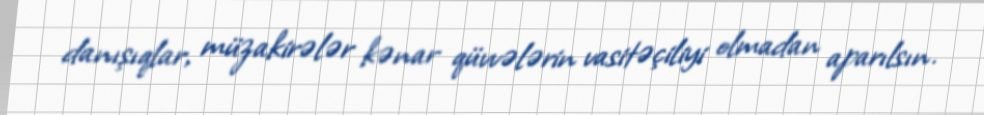
danışıqlar, müzakirələr kənar qüvvələrin vasitəçiliyi olmadan aparılsın.